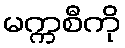
မက္ကစီကို